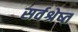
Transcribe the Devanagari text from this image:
सर्वश्रेष्त